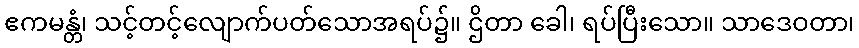
ဧကမန္တံ၊ သင့်တင့်လျောက်ပတ်သောအရပ်၌။ ဌိတာ ခေါ၊ ရပ်ပြီးသော။ သာဒေဝတာ၊